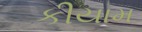
કીયામ